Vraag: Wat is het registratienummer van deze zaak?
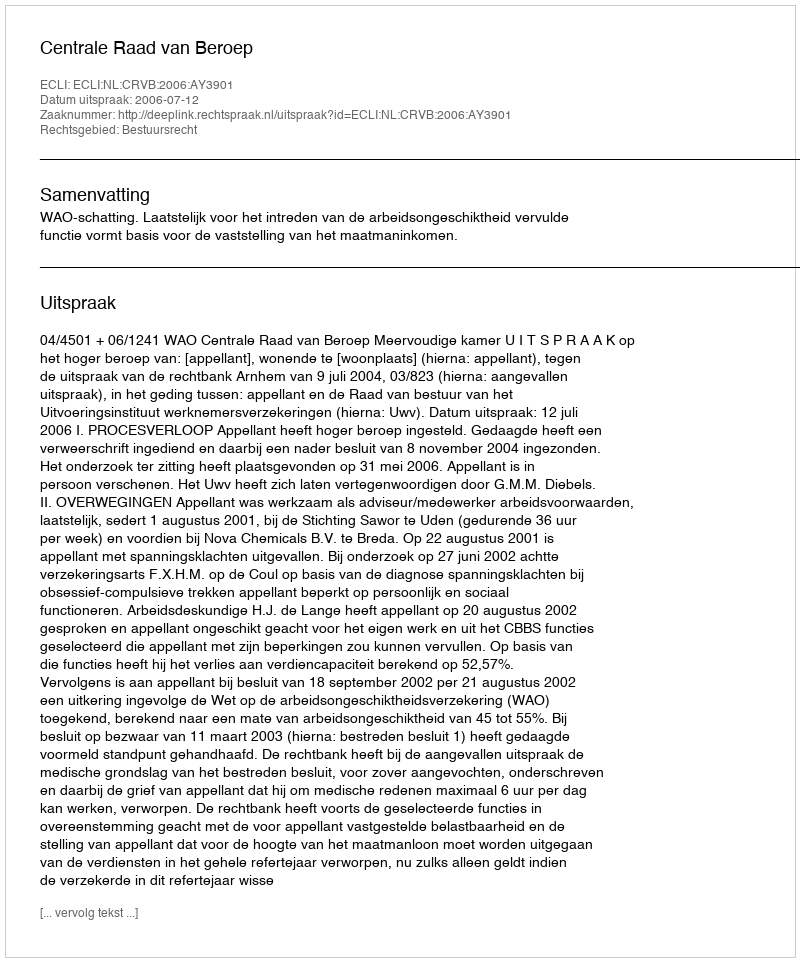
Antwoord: http://deeplink.rechtspraak.nl/uitspraak?id=ECLI:NL:CRVB:2006:AY3901